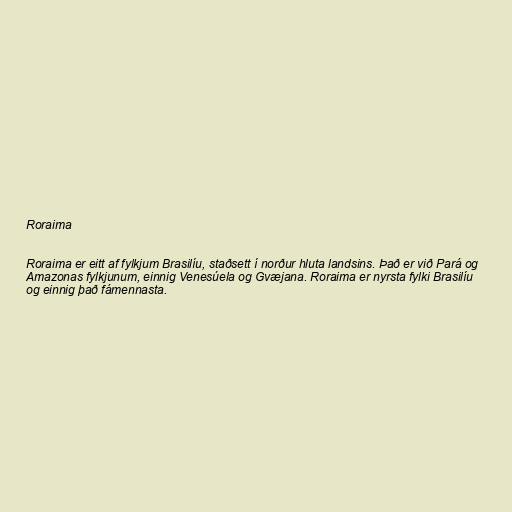
Roraima

Roraima er eitt af fylkjum Brasilíu, staðsett í norður hluta landsins. Það er við Pará og
Amazonas fylkjunum, einnig Venesúela og Gvæjana. Roraima er nyrsta fylki Brasilíu
og einnig það fámennasta.